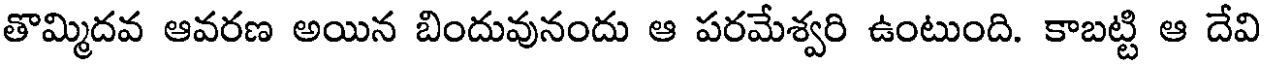
తొమ్మిదవ ఆవరణ అయిన బిందువునందు ఆ పరమేశ్వరి ఉంటుంది. కాబట్టి ఆ దేవి